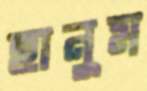
হানুম